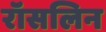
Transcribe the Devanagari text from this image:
रॉसलिन